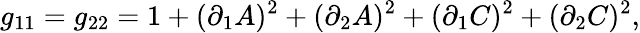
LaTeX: g_{11}=g_{22}=1+(\partial_{1}A)^{2}+(\partial_{2}A)^{2}+(\partial_{1}C)^{2}+(\partial_{2}C)^{2},